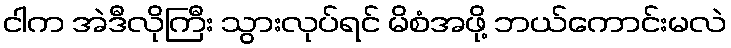
ငါက အဲဒီလိုကြီး သွားလုပ်ရင် မိစံအဖို့ ဘယ်ကောင်းမလဲ